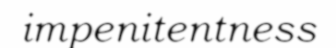
impenitentness